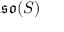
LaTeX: { \mathfrak { s o } } ( S )